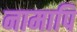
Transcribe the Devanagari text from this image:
नामापि